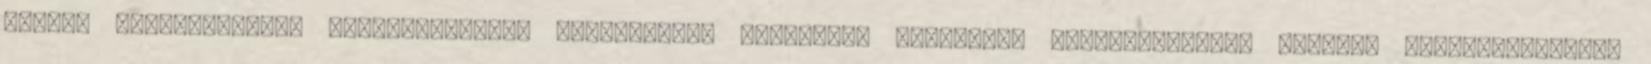
ruhák, szexkellékek, szexkellkékek, szexpatika, szexshop, szexuális segédeszközök, szopás, tapadókorongos,